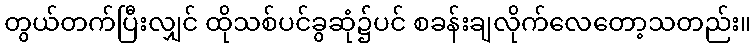
တွယ်တက်ပြီးလျှင် ထိုသစ်ပင်ခွဆုံ၌ပင် စခန်းချလိုက်လေတော့သတည်း။